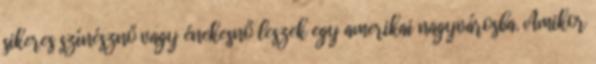
sikeres színésznő vagy énekesnő leszek egy amerikai nagyvárosba. Amikor